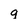
Character: q